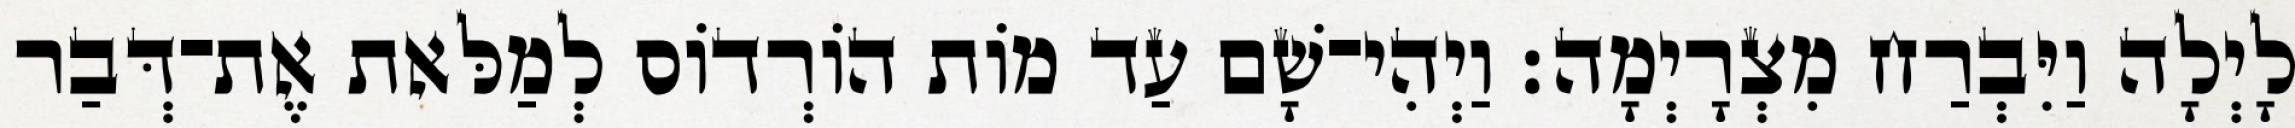
לָיְלָה וַיִּבְרַח מִצְרָיְמָה׃ וַיְהִי־שָׁם עַד מוֹת הוֹרְדוֹס לְמַלּאת אֶת־דְּבַר